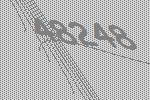
48248